Report of the Indian Hemp Drugs Commission, 1894-1895 - Volume VII
Year: 1894
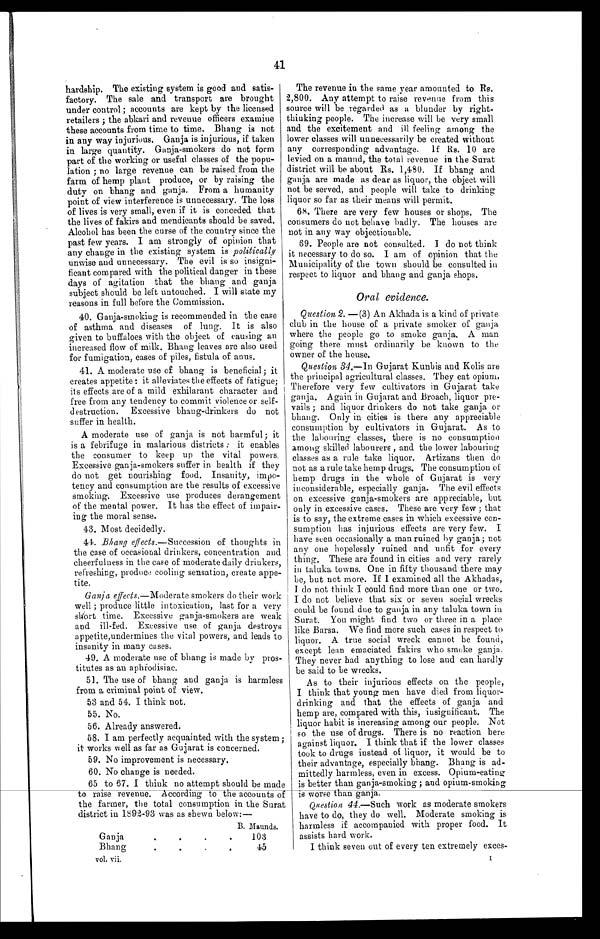
41
hardship. The existing system is good and satis-
factory. The sale and transport are brought
under control ; accounts are kept by the licensed
retailers ; the abkari and revenue officers examine
these accounts from time to time. Bhang is not
in any way injurious, Ganja is injurious, if taken
in large quantity. Ganja-smokers do not form
part of the working or useful classes of the popu--
lation ; no large revenue can be raised from the
farm of hemp plant produce, or by raising the
duty on bhang and ganja. From a humanity
point of view interference is unnecessary. The loss
of lives is very small, even if it is conceded that
the lives of fakirs and mendicants should be saved.
Alcohol has been the curse of the country since the
past few years. I am strongly of opinion that
any change in the existing system is
p o l i t i c a l l y
unwise and unnecessary. The evil is so insigni--
ficant compared with the political danger in these
days of agitation that the bhang and ganja
subject should be left untouched. I will state my
reasons in full before the Commission.
40. Ganja-smoking is recommended in the case
of asthma and diseases of lung. It is also
given to buffaloes with the object of causing an
increased flow of milk. Bhang leaves are also used
for fumigation, cases of piles, fistula of anus.
41. A moderate use of bhang is beneficial; it
creates appetite: it alleviates the effects of fatigue;
its effects are of a mild exhilarant character and
free from any tendency to commit violence or self-
destruction. Excessive bhang-drinkers do not
suffer in health.
A moderate use of ganja is not harmful; it
is a febrifuge in malarious districts : it enables
the consumer to keep up the vital powers,
Excessive ganja-smokers suffer in health if they
do not get nourishing food. Insanity, impo
-tency and consumption are the results of excessive
smoking. Excessive use produces derangement
of the mental power. It has the effect of impair--
ing the moral sense.
43. Most decidedly.
4 4 .
B h a n g
e f f e c t s . —
S u c c e s s i o n o f t h o u g h t s i n
the case of occasional drinkers, concentration and
cheerfulness in the case of moderate daily drinkers,
refreshing, produce cooling sensation, create appe--
tite.
Ganja effects .—Moderate smokers do their work
well ; produce little intoxication, last for a very
short time. Excessive ganja-smokers are weak
and ill-fed. Excessive use of ganja destroys
appetite, undermines the vital powers, and leads to
insanity in many cases.
49. A moderate use of bhang is made by pros
- t i t u t e s a s a n a p h r o d i s i a c .
51. The use of bhang and ganja is harmless
from a criminal point of view.
53 and 54. I think not.
5 5 . N o .
5 6 . A l r e a d y a n s w e r e d .
58. I am perfectly acquainted with the system ;
it works well as far as Gujarat is concerned.
59. No improvement is necessary.
6 0 . N o c h a n g e i s n e e d e d .
65 to 67. I think no attempt should be made
to raise revenue. According to the accounts of
the farmer, the total consumption in the Surat
district in 1892-93 was as shewn below:—
B. Maunds.
Ganja. . .
103
Bhang . . .
45
vol. vii.
The revenue in the same year amounted to Rs.
2,800. Any attempt to raise revenue from this
source will be regarded as a blunder by right-
thinking people. The increase will be very small
and the excitement and ill feeling among the
lower classes will unnecessarily be created without
any corresponding advantage. If Rs. 10 are
levied on a maund, the total revenue in the Surat
district will be about Rs. 1,480. If bhang and
ganja are made as dear as liquor, the object will
not be served, and people will take to drinking
liquor so far as their means will permit.
68. There are very few houses or shops, The
consumers do not behave badly. The houses are
not in any way objectionable.
69. People are not consulted. I do not think
it necessary to do so. I am of opinion that the
Municipality of the town should be consulted in
respect to liquor and bhang and ganja shops.
Oral evidence.
Question 2. — (3) An Akhada is a kind of private.
club in the house of a private smoker of ganja
where the people go to smoke ganja. A man
going there must ordinarily be known to the
owner of the house.
Question 34 .—In Gujarat Kunbis and Kolis are
the principal agricultural classes. They eat opium.
Therefore very few cultivators in Gujarat take
ganja. Again in Gujarat and Broach, liquor pre
-vails ; and liquor drinkers do not take ganja or
bhang. Only in cities is there any appreciable
consumption by cultivators in Gujarat. As to
the labouring classes, there is no consumption
among skilled labourers , and the lower labouring
classes as a rule take liquor. Artizans then do
not as a rule take hemp drugs. The consumption of
hemp drugs in the whole of Gujarat is very
inconsiderable, especially ganja. The evil effects
on excessive ganja-smokers are appreciable, but
only in excessive cases. These are very few ; that
is to soy, the extreme cases in which excessive con
-sumption has injurious effects are very few. I
have seen occasionally a man ruined by ganja ; not
any one hopelessly ruined and unfit for every
thing. These are found in cities and very rarely
in taluka towns. One in fifty thousand there may
be, but not more. If I examined all the Akhadas,
I do not think I could find more than one or two.
I do not believe that six or seven social wrecks
could be found due to ganja in any taluka town in
Surat. You might find two or three in a place
like Barsa. We find more such cases in respect to
liquor. A. true social wreck cannot be found,
except lean emaciated fakirs who smoke ganja.
They never had anything to lose and can hardly
be said to be wrecks.
As to their injurious effects on the people,
I think that young men have died from liquor-
drinking and that the effects of ganja and
hemp are, compared with this, insignificant. The
liquor habit is increasing among our people. Not
so the use of drugs. There is no reaction here
against liquor. I think that if the lower classes
took to drugs instead of liquor, it would be to
their advantage, especially bhang. Bhang is ad
-mittedly harmless, even in excess. Opium-eating
is better than ganja-smoking; and opium-smoking
is worse than ganja.
Question 44.—Such work as moderate smokers
have to do, they do well. Moderate smoking is
harmless if accompanied with proper food. It
assists hard work.
I think seven out of every ten extremely exces-